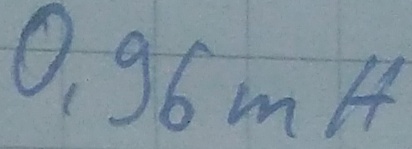
Text: 0,96mH